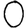
Digit: 0